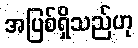
အပြစ်ရှိသည်ဟု